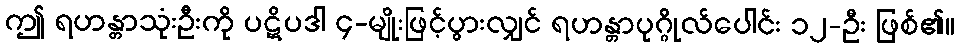
ဤ ရဟန္တာသုံးဦးကို ပဋိပဒါ ၄-မျိုးဖြင့်ပွားလျှင် ရဟန္တာပုဂ္ဂိုလ်ပေါင်း ၁၂-ဦး ဖြစ်၏။